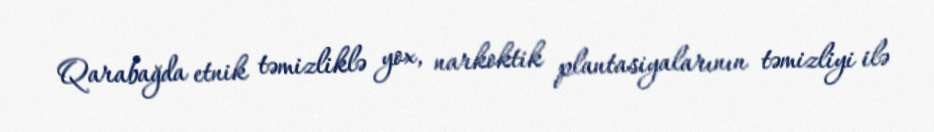
Qarabağda etnik təmizliklə yox, narkoktik plantasiyalarının təmizliyi ilə